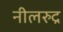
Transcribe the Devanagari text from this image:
नीलरुद्र